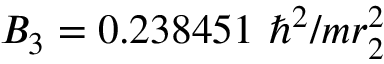
B _ { 3 } = 0 . 2 3 8 4 5 1 ~ \hbar ^ { 2 } / m r _ { 2 } ^ { 2 }